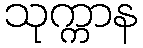
သုက္ကာန